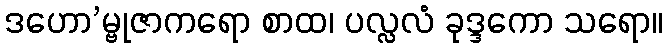
ဒဟော’မ္ဗုဇာကရော စာထ၊ ပလ္လလံ ခုဒ္ဒကော သရော။